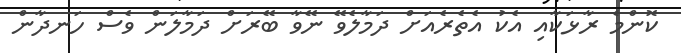
ކޮންމެ ރާޅަކާއި އެކު އެތެރެއަށް ދަމާލެވޭ ނޭވާ ބޭރަށް ދަމާލަން ވެސް ހަނދާން